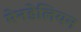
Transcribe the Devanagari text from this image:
मेनडेलियन